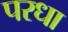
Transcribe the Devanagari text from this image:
परधा